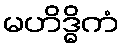
မဟိဒ္ဓိကံ